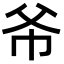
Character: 𫷁